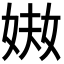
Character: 𡝈